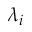
\lambda _ { i }